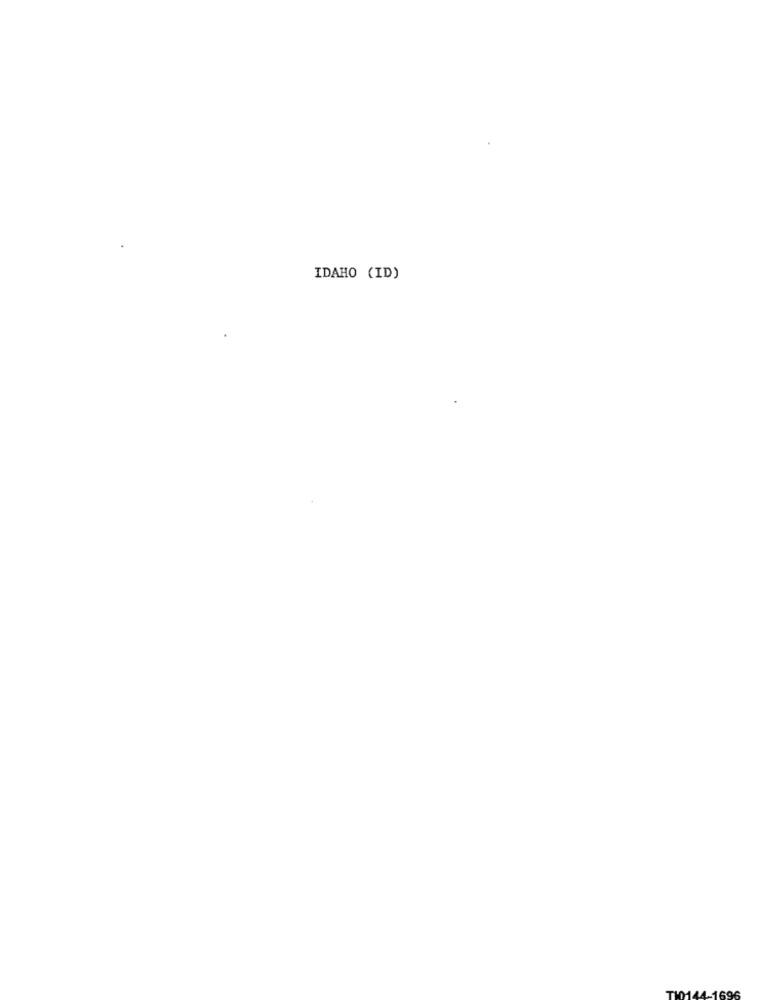
IDAHO (ID)